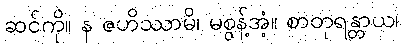
ဆင်ကို။ န ဇဟိဿာမိ၊ မစွန့်အံ့။ စာတုရန္တာယ၊